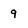
Character: 9